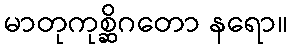
မာတုကုစ္ဆိဂတော နရော။